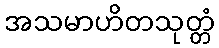
အသမာဟိတသုတ္တံ